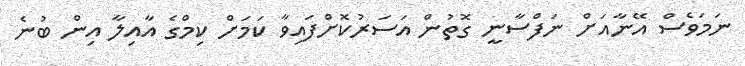
ނަމަވެސް އޭނާއަށް ނަފްސާނީ ގޮތުން އަސަރުކޮށްފައިވާ ކަމަށް ކިމްގެ އާއިލާ އިން ބުނެ